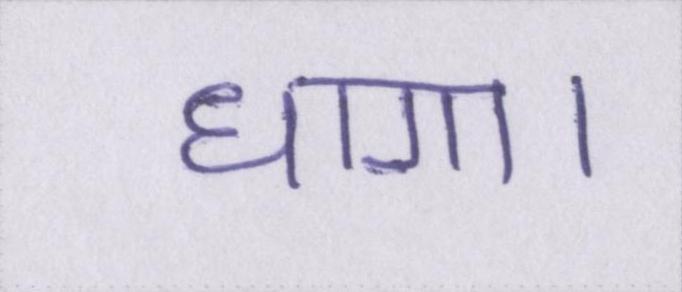
धागा।